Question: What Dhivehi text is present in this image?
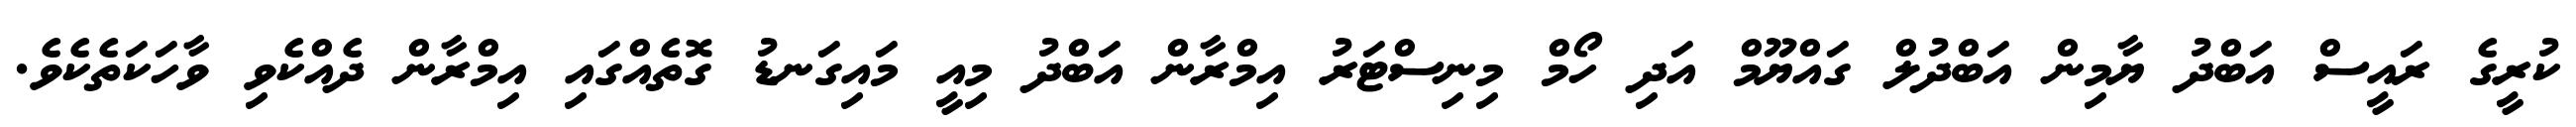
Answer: ކުރީގެ ރައީސް އަބްދު ޔާމިން އަބްދުލް ގައްޔޫމް އަދި ހޯމް މިނިސްޓަރު އިމްރާން އަބްދު މިއީ މައިގަނޑު ގޮތެއްގައި އިމްރާން ދެއްކެވި ވާހަކަތެކެވެ.